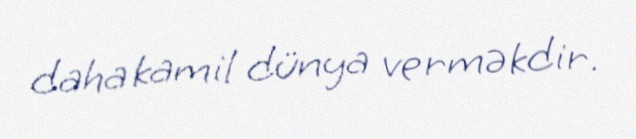
daha kamil dünya verməkdir.